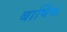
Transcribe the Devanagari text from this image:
बार्षिक